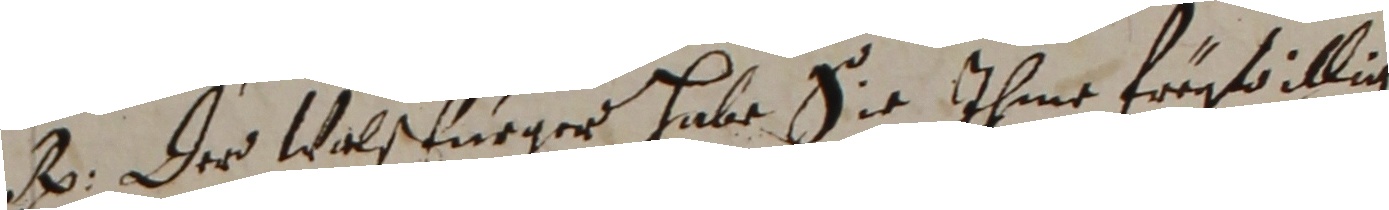
B. Der Wals furger habe sie ihme früwillig